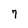
Character: 7